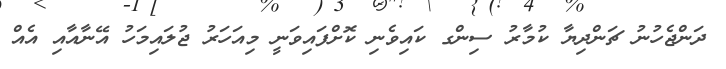
ދަންޖެހުނު ޗަންދިޔާ ކުމާރު ސިންގ ކައިވެނި ކޮށްފައިވަނީ މިއަހަރު ޖުލައިމަހު އޭނާއާއި އެއް